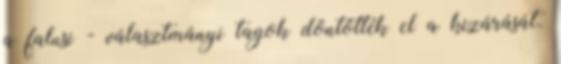
a falusi - választmányi tagok döntötték el a kizárását.